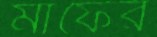
মাফের